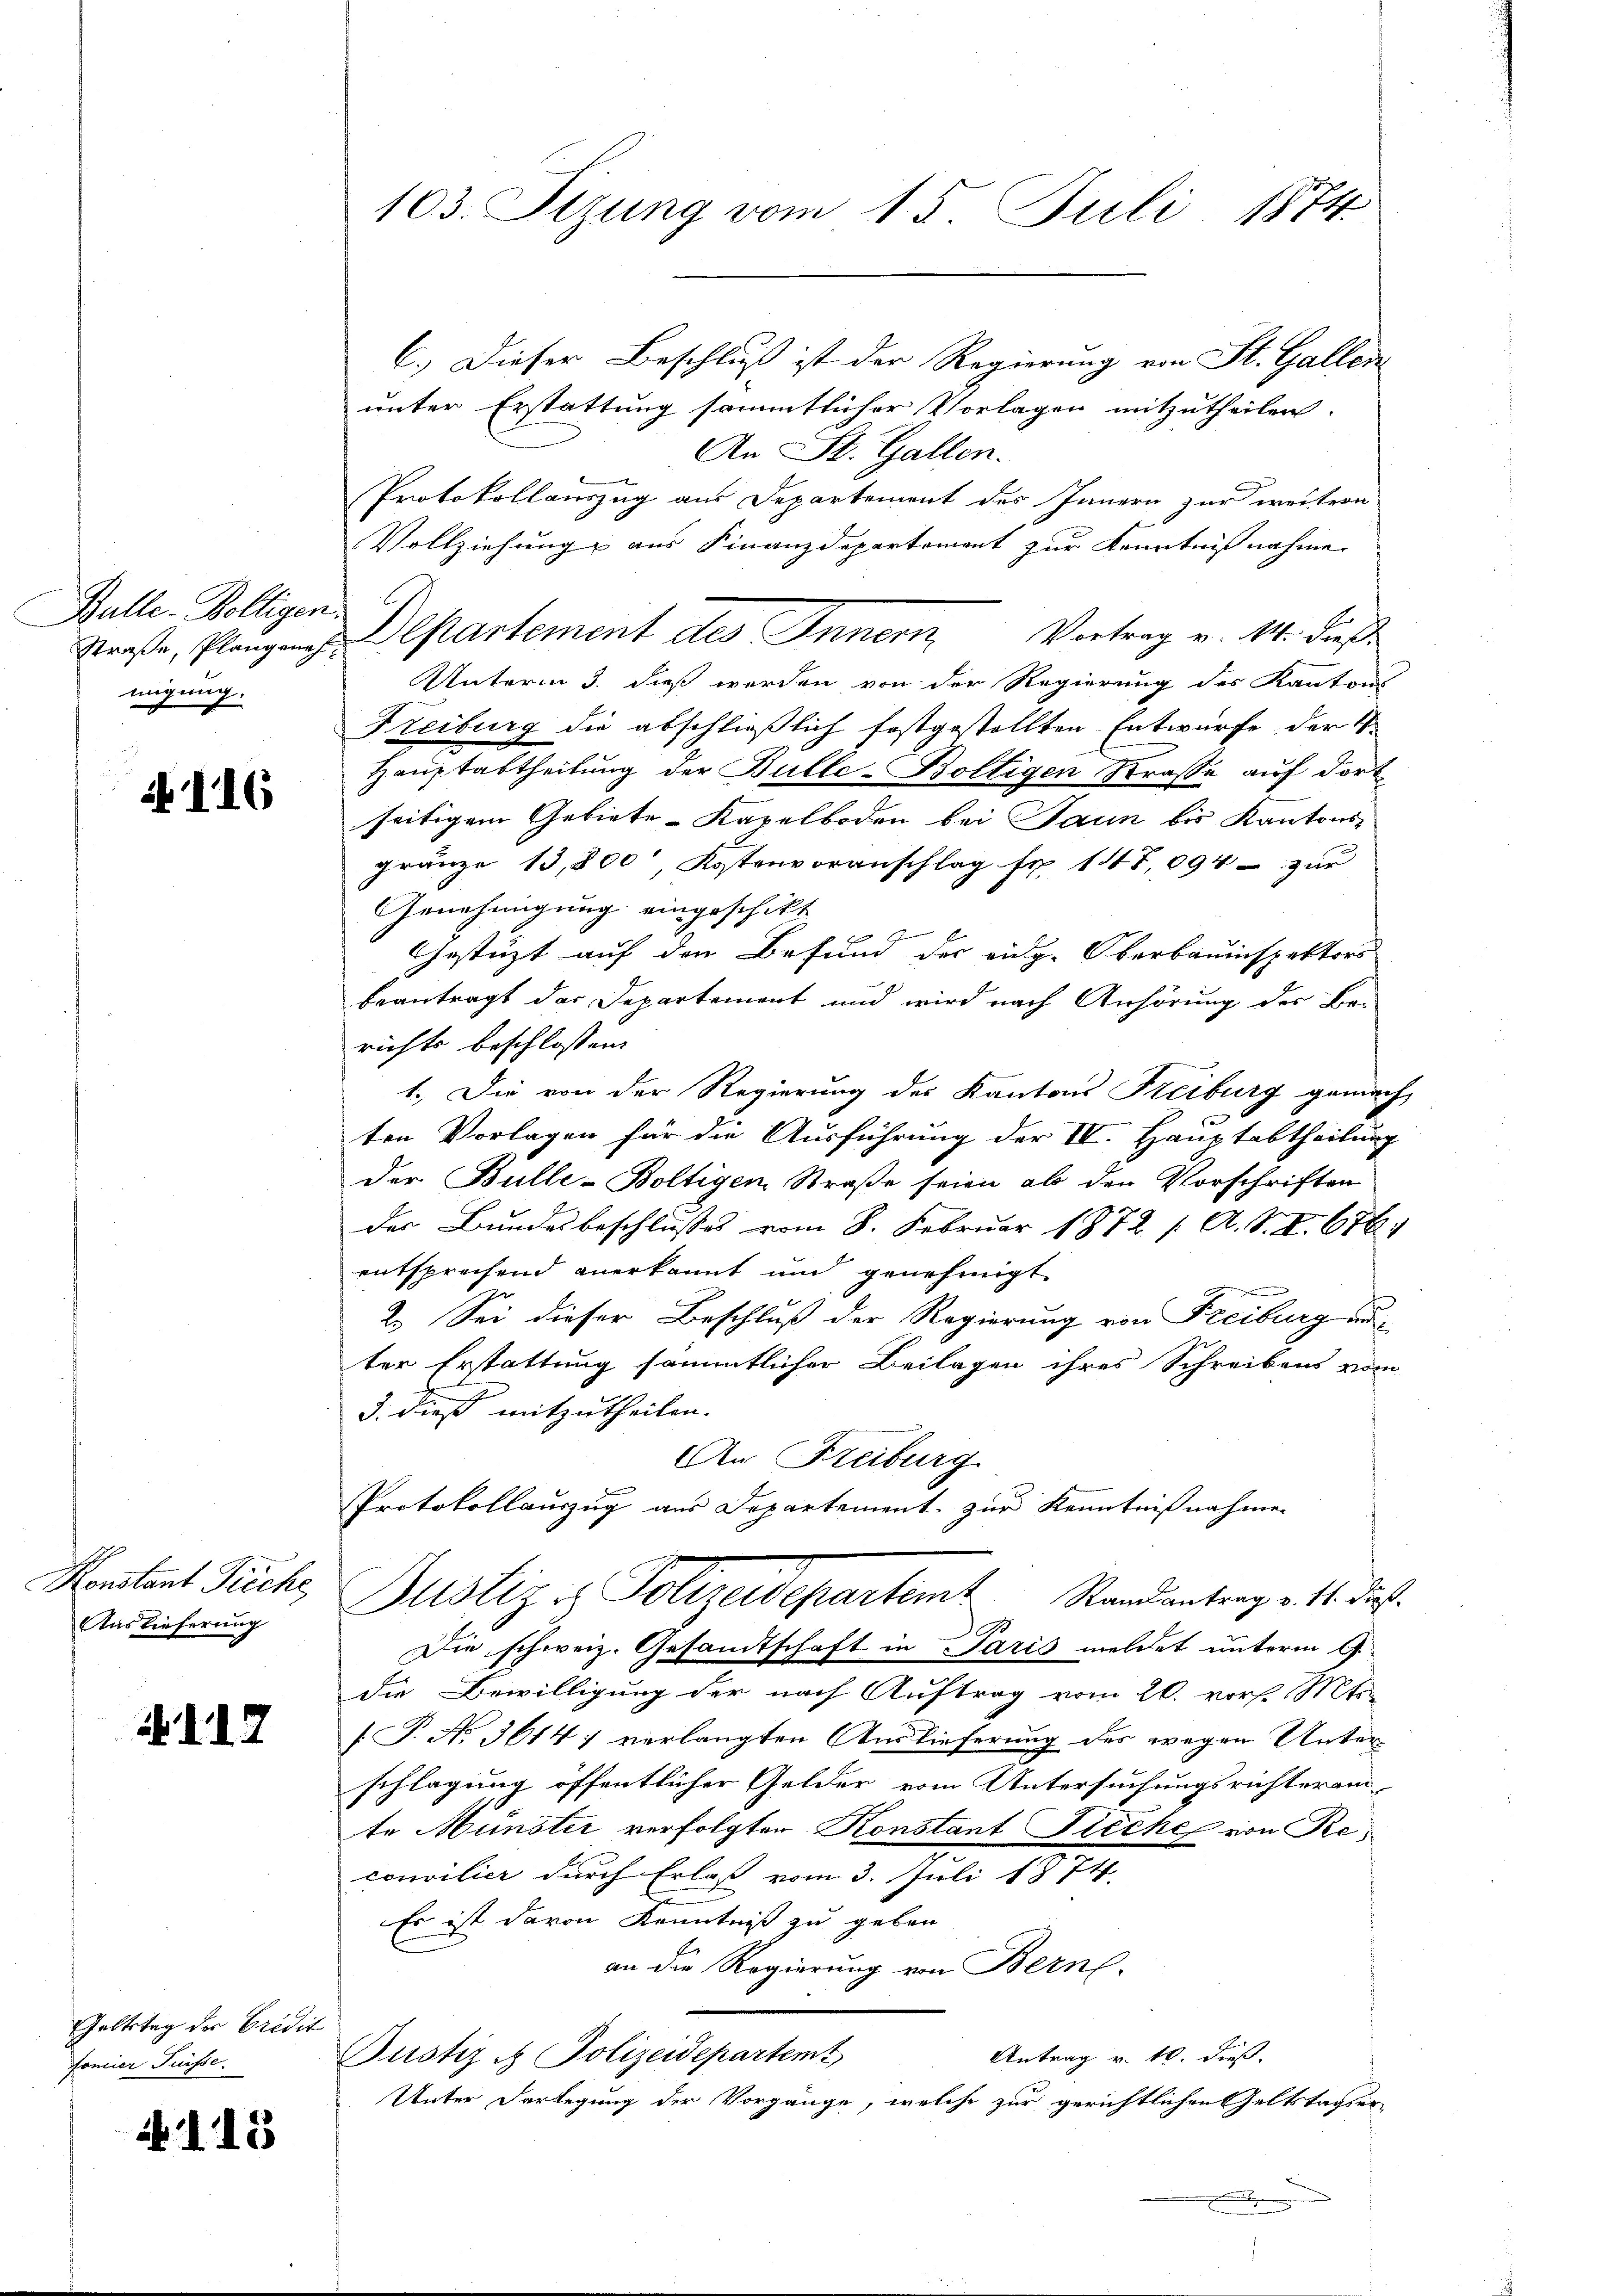
Bulle-Kölligen.
migung.

116

Auslieferung

117

Geltstag der Credit
fomier Füsse.

N 115

103. Sizung vom 15. Juli 1874

Straße, Plangen Departement des Innern, Vortrag v. 14. dieß

C.) Dieser Beschluß ist der Regierung von St. Gallen
unter Erstattung sämmtlicher Vorlagen mitzutheilen.
An St. Gallen.
Protokollauszug aus Departement des Innern zur weitern
Vollziehung aus Finanzdepartement zur Kenntnißnahme
Unterm 3. dieß werden von der Regierung des Kantons
Freiburg die abschließlich festgestellten Entwurfe der S.
Hauptabtheilung der Bulle-Boltigen Strasse auf dort
seitigem Gebiete-Kapelboden bei Jaun bis Kantons-
gränze 13,800, Kostenvoranschlag fr. 117,094- zŭr
Genehmigung eingeschikt
Gestüzt auf den Befund der eidg. Oberbauinspektors
beantragt das Departement und wird nach Anhörung der Berichts beschlossen:
1. Die von der Regierung des Kantons Freiburg gemacht
ten Vorlagen für die Ausführung der IV. Hauptabtheilung
der Bulle-Boltigen Straße seien ab den Vorschriften
der Bundesbeschlusses vom 8. Februar 1872 1. A. S. I. 6761
entsprechend anerkannt und genehmigt
2. Sei dieser Beschluß der Regierung von Freiburg un
ter Erstattung sämmtlicher Beilagen ihres Schreibens vom
3. dieß mitzutheilen.
An Freiburg
f
Protokollauszug aus Departement zur Kenntnißnahmen
Konstant Fruche Justiz es Polizeidepartemt Randantrag v. 11. dieß¬
.
Die schweiz. Gesamtschaft in Paris meldet unterm 9.
die Bewilligung der nach Auftrag vom 20. vor. Mts.
[T. No. 3614) verlangten Auslieferung des wegen Unterschlagung öffentlicher Gelder vom Untersuchungsrichteramte Münster verfolgten Konstant Fieche von Reconvilier durch Erlaß vom 3. Juli 1874.
Es ist davon Kenntniß zu geben
an die Regierung von Berne-
Antrag v. 10. dieß.
Pustiz & Polizeidepartemt
Unter Darlegung der Vorgänge, welche zur gerichtlichen Geltstagser-